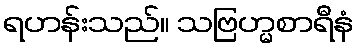
ရဟန်းသည်။ သဗြဟ္မစာရီနံ